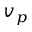
v _ { p }